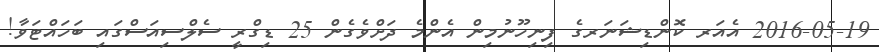
2016-05-19 އެއަރ ކޮންޑިޝަނަރގެ ފިނިހޫނުމިން އެންމެ ދަށްވެގެން 25 ޑިގްރީ ސެލްސިއަސްގައި ބަހައްޓަވާ!